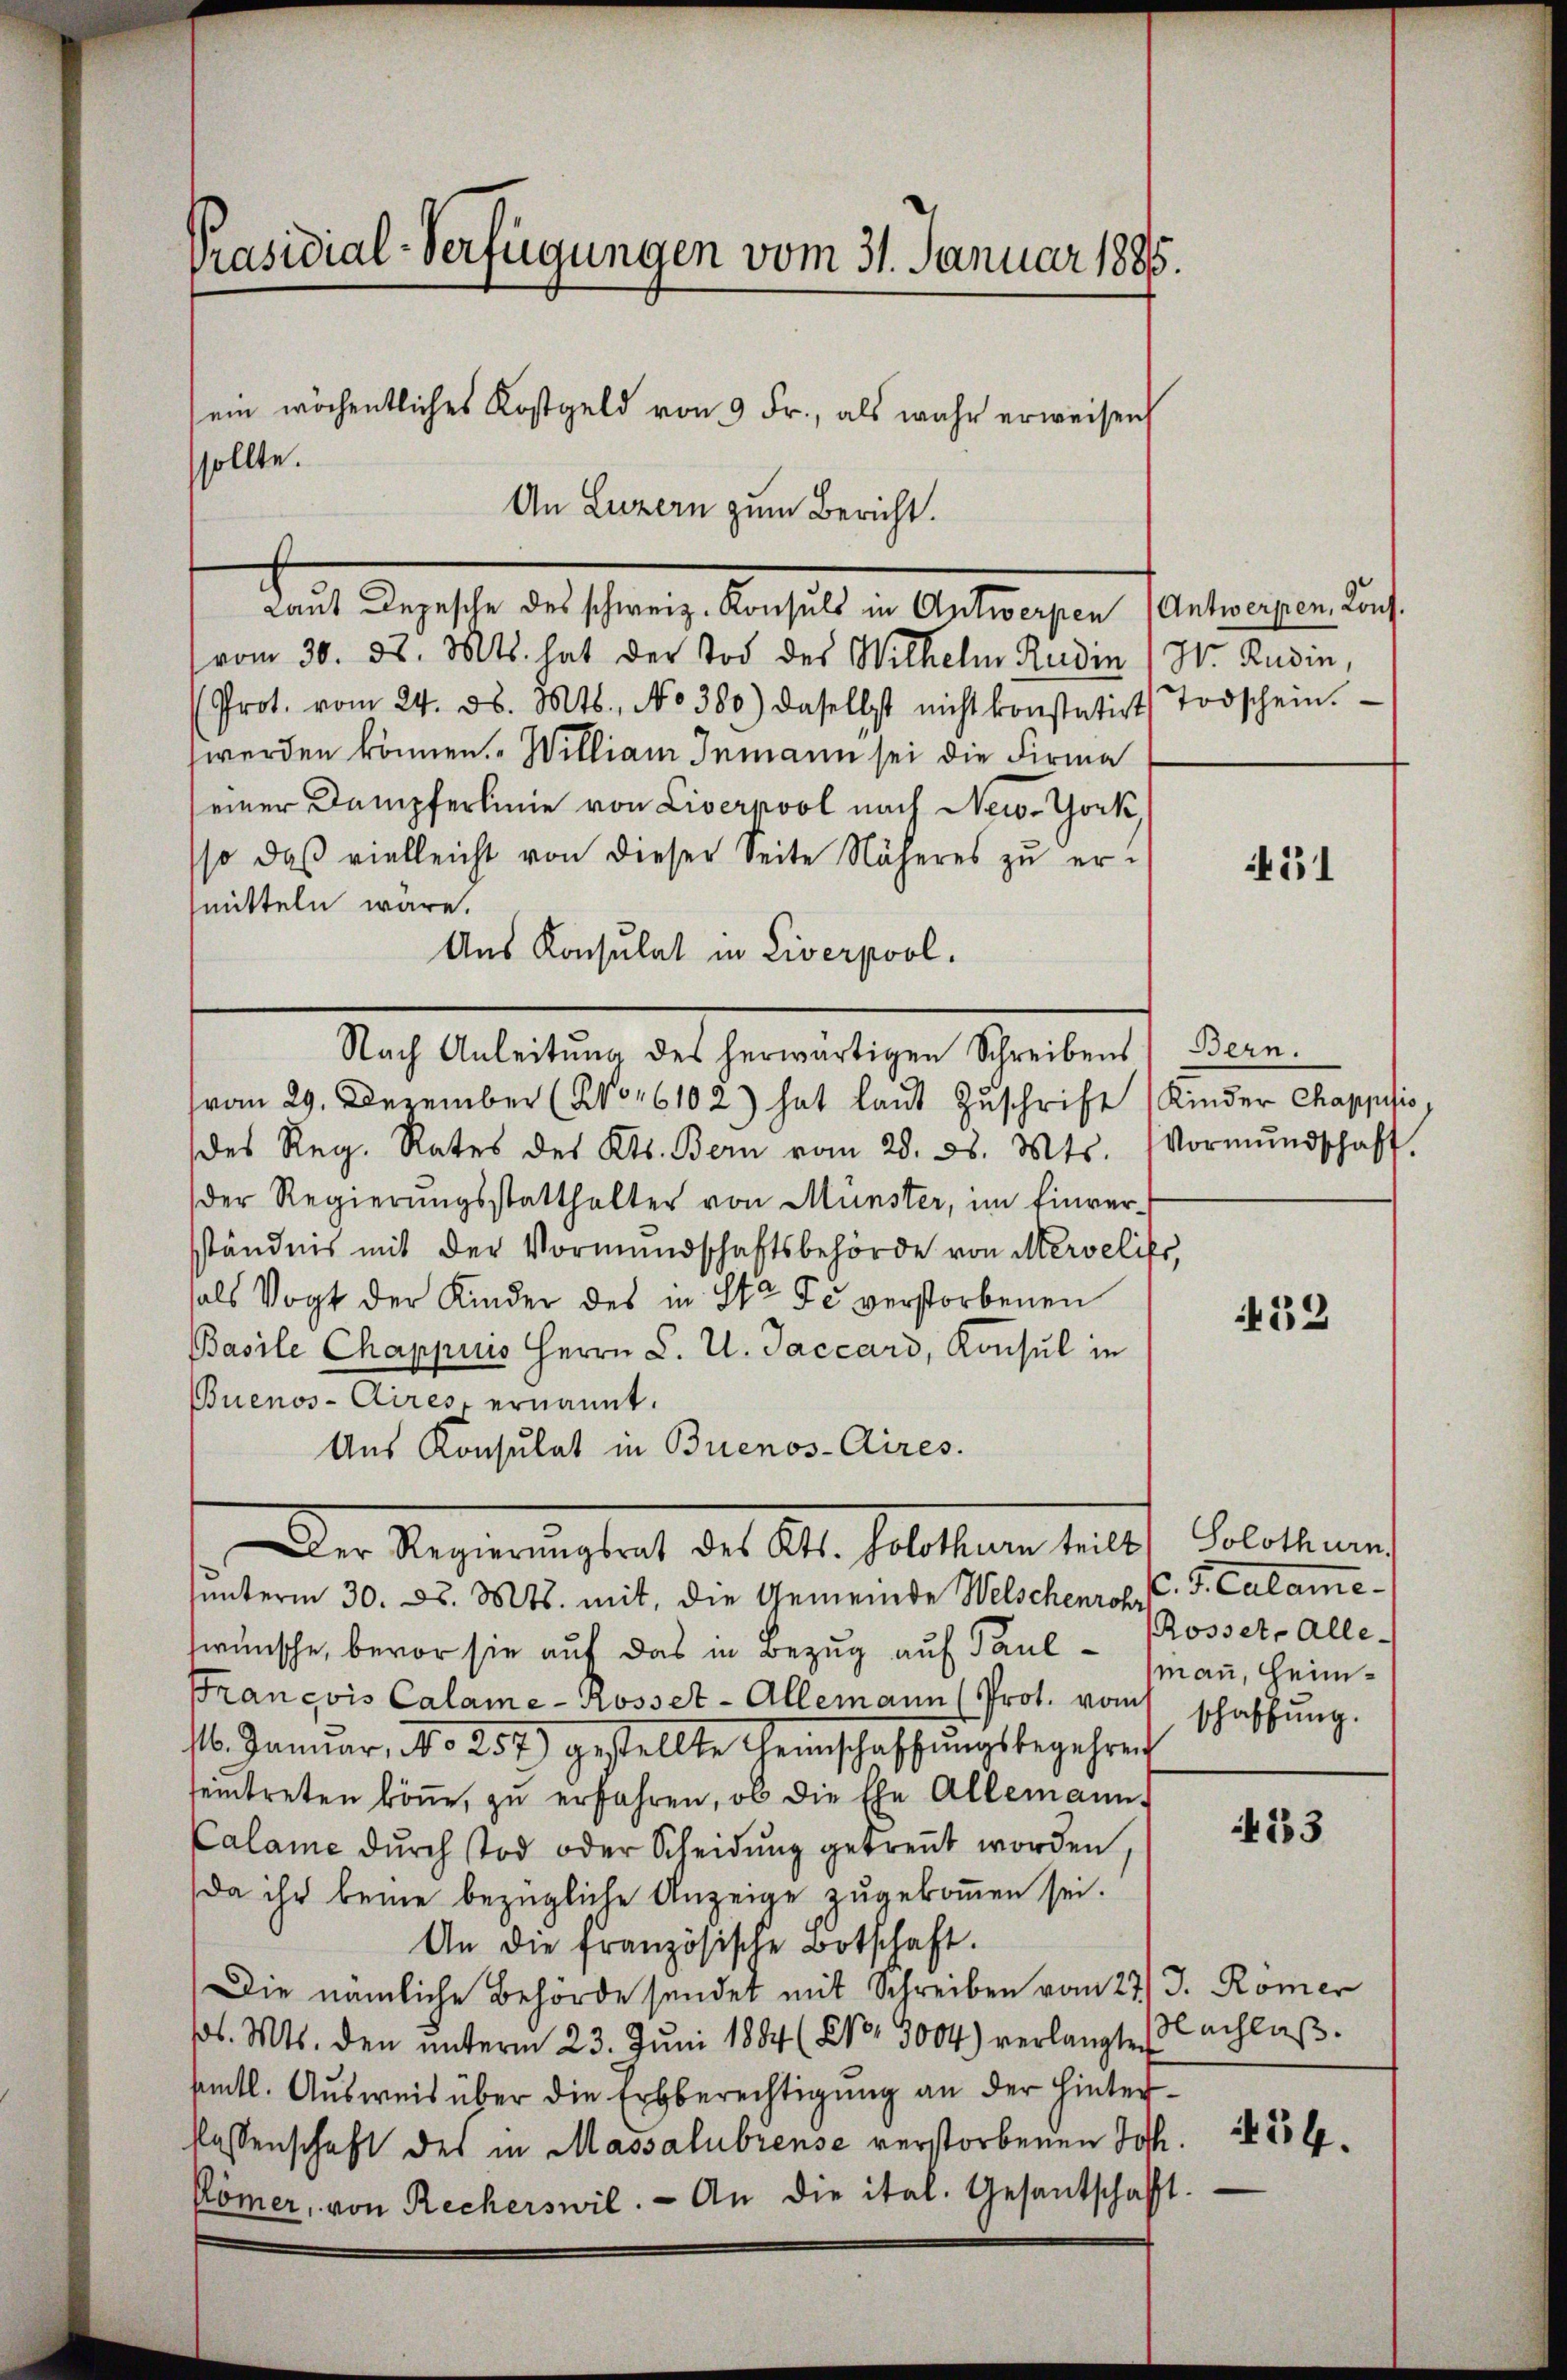
Präsidial-Verfügungen vom 31. Januar 1886.
sein wöchentliches Kostgeld von 9 Fr., als wahr erweisen
sollte.

vom 30. d. Mts. hat der Tod des Wilhelm Rudin (Hr. Rudin,
(Prot. vom 24. d. Mts., No 380.) daselbst nicht konstatirt Todschein.
werden können.  William Inmann sei die Firma
seiner Dampferlinie von Liverpool nach New-York,
so daß vielleicht von dieser Seite Näheres zŭ er-
mitteln wäre.
Aus Konsulat in Liverpool.
Nach Anleitung des herwärtigen Schreibens) Bern.
vom 29. Dezember (No 16102) hat laut Zuschrift (Kinder Chappisis
des Reg. Rates des Kts. Bern vom 28. d. Mts. Vormŭndschaft.
der Regierungsstatthalter von Münster, im Einver-
ständnis mit der Vormundschaftsbehörde von Mervelifs,
hals Vogt der Kinder des in Sta Fe verstorbenen
Basile Chappius Herrn L. U. Jaccard, Konsul in
Buenos-Aires ernannt.
Ans Konsulat in Buenos-Aires.
Der Regierungsrat des Al. Solothurn selbst Oecollum
sunterm 30. d. Mts. mit, die Gemeinde Welschenrohr
wünsche, bevor sie auf das in Bezug auf Paul¬
Francois Calame- Rosser-Allemann (Prot. vom
16. Januar, No 252) gestellte Weinschaffŭngsbegehren
seintreten könne, zu erfahren, ob die Ehe Allemann.
Calame durch tod oder Scheidung getreut worden,
da ihr keine bezügliche Anzeige zugekommen sei.
An die französische Botschaft.
Die nämliche Behörde sendet mit Schreiben vom 27 J. Römer
(l. Mts. den ŭnterm 23. Jŭni 1884 (§ 3004) verlangte (achlaβ.
semtl. Ausweis über die Erbberechtigung an der hinterlassenschaft des in Massalubrense verstorbenen Jos
Kömer, von Recherswil. An die ital. Gesantschafft.

An Luzern zum Bericht.
Laut Depesche des schweiz. Konsuls in Antwerpen (Antwerpen, Konf.

. F. Calame.
Rosset. Alle-
man, Heimschaffung.

431

432

4133

1454.